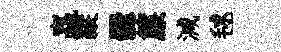
贏縱爨簾減毬